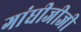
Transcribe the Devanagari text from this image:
गांधीजीजी